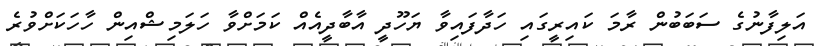
އަލިފާނުގެ ސަބަބުން ރާމަ ކައިރީގައި ހަދާފައިވާ ޔަހޫދީ އާބާދީއެއް ކަމަށްވާ ހަލަމިޝްއިން ހާހަކަށްވުރެ